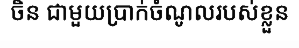
ចិន ជាមួយប្រាក់ចំណូលរបស់ខ្លួន